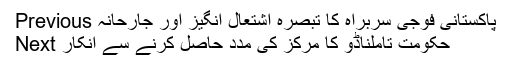
Previous پاکستانی فوجی سربراہ کا تبصرہ اشتعال انگیز اور جارحانہ
Next حکومت تاملناڈو کا مرکز کی مدد حاصل کرنے سے انکار